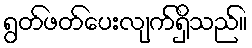
ရွတ်ဖတ်ပေးလျက်ရှိသည်။